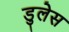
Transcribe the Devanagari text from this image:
डुलेस